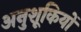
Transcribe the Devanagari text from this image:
अनुशूकियों